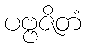
ပဗ္ဗဇိတံ